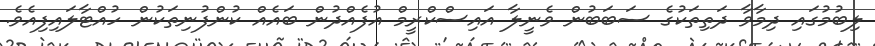
ލިބުމުގައި ދިމާވާ ދަތިތަކުގެ ސަބަބުން ވެނީލާ އައިސްކްރީމް އުފެއްދުން ބައެއް ކުންފުނިތަކުން ހުއްޓާލައިފިއެވެ.